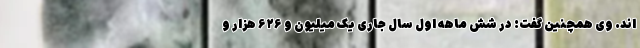
اند. وی همچنین گفت: در شش ماهه اول سال جاری یک میلیون و ۶۲۶ هزار و